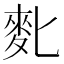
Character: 𪋼